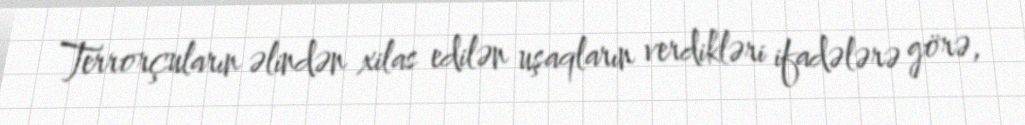
Terrorçuların əlindən xilas edilən uşaqların verdikləri ifadələrə görə,